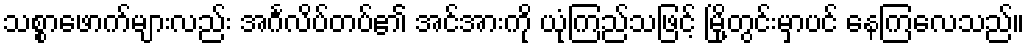
သစ္စာဖောက်များလည်း အင်္ဂလိပ်တပ်၏ အင်အားကို ယုံကြည်သဖြင့် မြို့တွင်းမှာပင် နေကြလေသည်။